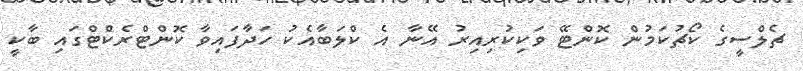
ޗެލްސީގެ ކޯޗުކަމުން ކޮންޓޭ ވަކިކުރިއިރު އޭނާ އެ ކްލަބާއެކު ހަދާފައިވާ ކޮންޓްރެކްޓްގައި ބާކީ